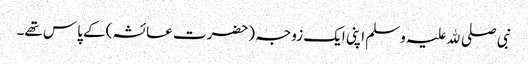
نبی صلی ﷲ علیہ وسلم اپنی ایک زوجہ (حضرت عائشہ )کے پاس تھے۔